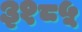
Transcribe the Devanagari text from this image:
३१८५